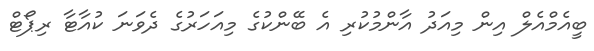
ބީއެމްއެލް އިން މިއަދު އާންމުކުރި އެ ބޭންކުގެ މިއަހަރުގެ ދެވަނަ ކުއާޓާ ރިޕޯޓް